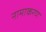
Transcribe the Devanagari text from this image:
नामाकरण्‍ा